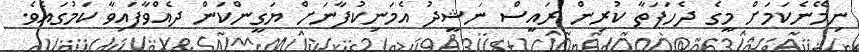
ނިމޭނެކަމަށް މީގެ ދެހަފަތާ ކުރިން ރައީސް ނަޝީދު އެމަނިކުފާނަށް ޔަގީންކަން ދެއްވާފައިވާ ކަމުގައެވެ.